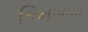
કિનખાબ